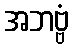
အဘဗ္ဗံ